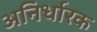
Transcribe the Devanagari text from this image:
अनिर्धारक